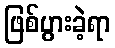
ဖြစ်ပွားခဲ့ရာ